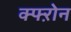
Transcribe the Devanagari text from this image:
क्फ्ऱोन